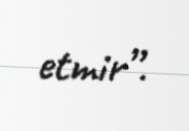
etmir”.